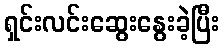
ရှင်းလင်းဆွေးနွေးခဲ့ပြီး